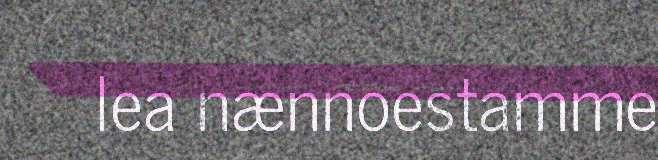
lea nænnoestamme